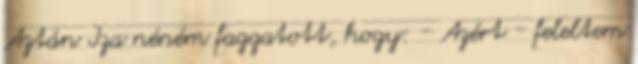
Aztán Iza néném faggatott, hogy: - Azért - feleltem